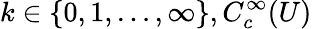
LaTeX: k\in\{ 0,1,\ldots,\infty\} ,C_{c}^{\infty}(U)